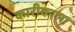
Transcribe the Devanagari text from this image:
कारीकाला